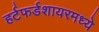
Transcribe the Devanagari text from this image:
हर्टफर्डशायरमध्ये